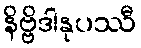
နိဗ္ဗိဒါနုပဿီ